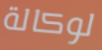
لوكالة